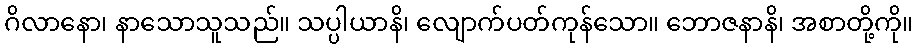
ဂိလာနော၊ နာသောသူသည်။ သပ္ပါယာနိ၊ လျောက်ပတ်ကုန်သော။ ဘောဇနာနိ၊ အစာတို့ကို။